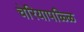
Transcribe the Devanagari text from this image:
चेरियापळ्ळि